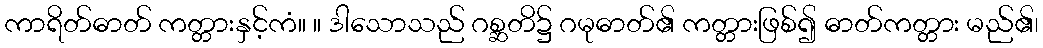
ကာရိတ်ဓာတ် ကတ္တားနှင့်ကံ။ ။ ဒါသောသည် ဂစ္ဆတိ၌ ဂမုဓာတ်၏ ကတ္တားဖြစ်၍ ဓာတ်ကတ္တား မည်၏၊